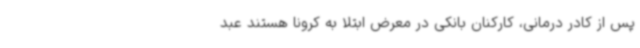
پس از کادر درمانی، کارکنان بانکی در معرض ابتلا به کرونا هستند عبد